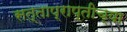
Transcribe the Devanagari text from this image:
सत्ताप्राप्तीच्या